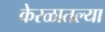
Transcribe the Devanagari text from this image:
केरळातल्या